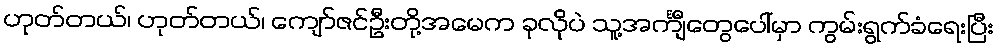
ဟုတ်တယ်၊ ဟုတ်တယ်၊ ကျော်ဇင်ဦးတို့အမေက ခုလိုပဲ သူ့အင်္ကျီတွေပေါ်မှာ ကွမ်းရွက်ခံရေးပြီး